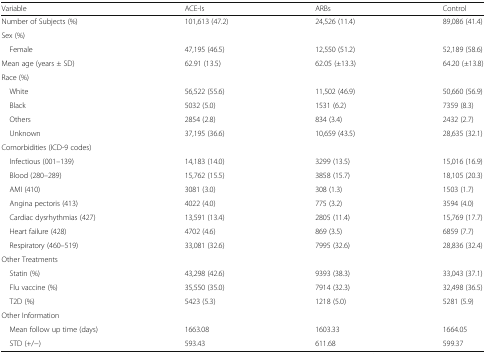
<table><thead><tr><td><b>Variable</b></td><td><b>ACE-Is</b></td><td><b>ARBs</b></td><td><b>Control</b></td></tr></thead><tbody><tr><td>Number of Subjects (%)</td><td>101,613 (47.2)</td><td>24,526 (11.4)</td><td>89,086 (41.4)</td></tr><tr><td colspan="4">Sex (%)</td></tr><tr><td> Female</td><td>47,195 (46.5)</td><td>12,550 (51.2)</td><td>52,189 (58.6)</td></tr><tr><td>Mean age (years ± SD)</td><td>62.91 (13.5)</td><td>62.05 (±13.3)</td><td>64.20 (±13.8)</td></tr><tr><td colspan="4">Race (%)</td></tr><tr><td> White</td><td>56,522 (55.6)</td><td>11,502 (46.9)</td><td>50,660 (56.9)</td></tr><tr><td> Black</td><td>5032 (5.0)</td><td>1531 (6.2)</td><td>7359 (8.3)</td></tr><tr><td> Others</td><td>2854 (2.8)</td><td>834 (3.4)</td><td>2432 (2.7)</td></tr><tr><td> Unknown</td><td>37,195 (36.6)</td><td>10,659 (43.5)</td><td>28,635 (32.1)</td></tr><tr><td colspan="4">Comorbidities (ICD-9 codes)</td></tr><tr><td> Infectious (001–139)</td><td>14,183 (14.0)</td><td>3299 (13.5)</td><td>15,016 (16.9)</td></tr><tr><td> Blood (280–289)</td><td>15,762 (15.5)</td><td>3858 (15.7)</td><td>18,105 (20.3)</td></tr><tr><td> AMI (410)</td><td>3081 (3.0)</td><td>308 (1.3)</td><td>1503 (1.7)</td></tr><tr><td> Angina pectoris (413)</td><td>4022 (4.0)</td><td>775 (3.2)</td><td>3594 (4.0)</td></tr><tr><td> Cardiac dysrhythmias (427)</td><td>13,591 (13.4)</td><td>2805 (11.4)</td><td>15,769 (17.7)</td></tr><tr><td> Heart failure (428)</td><td>4702 (4.6)</td><td>869 (3.5)</td><td>6859 (7.7)</td></tr><tr><td> Respiratory (460–519)</td><td>33,081 (32.6)</td><td>7995 (32.6)</td><td>28,836 (32.4)</td></tr><tr><td colspan="4">Other Treatments</td></tr><tr><td> Statin (%)</td><td>43,298 (42.6)</td><td>9393 (38.3)</td><td>33,043 (37.1)</td></tr><tr><td> Flu vaccine (%)</td><td>35,550 (35.0)</td><td>7914 (32.3)</td><td>32,498 (36.5)</td></tr><tr><td> T2D (%)</td><td>5423 (5.3)</td><td>1218 (5.0)</td><td>5281 (5.9)</td></tr><tr><td colspan="4">Other Information</td></tr><tr><td> Mean follow up time (days)</td><td>1663.08</td><td>1603.33</td><td>1664.05</td></tr><tr><td> STD (+/−)</td><td>593.43</td><td>611.68</td><td>599.37</td></tr></tbody></table>